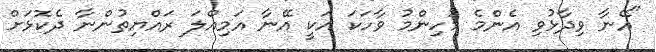
"އޭނާ ވިދާޅުވި އެންމެ މުހިންމު ވާހަކަ އަކީ އޭނާ އަމިއްލަ ރައްޔިތުންނާ ދެކޮޅަށް